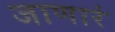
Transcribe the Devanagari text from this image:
जाणारं